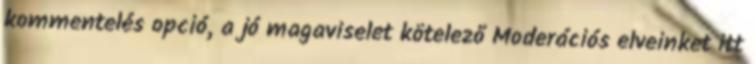
kommentelés opció, a jó magaviselet kötelező Moderációs elveinket itt